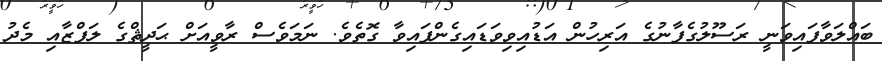
ބައްލަވާފައިވަނީ ރަސޫލުގެފާނުގެ އަރިހުން އަޑުއިވިވަޑައިގެންފައިވާ ގޮތެވެ. ނަމަވެސް ރާވީއަށް ޙަަދީޘްގެ ލަފްޒާއި މެދު